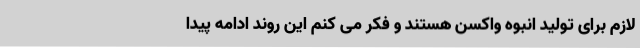
لازم برای تولید انبوه واکسن هستند و فکر می کنم این روند ادامه پیدا